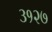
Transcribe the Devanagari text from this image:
३१२७